Indian Medical Review
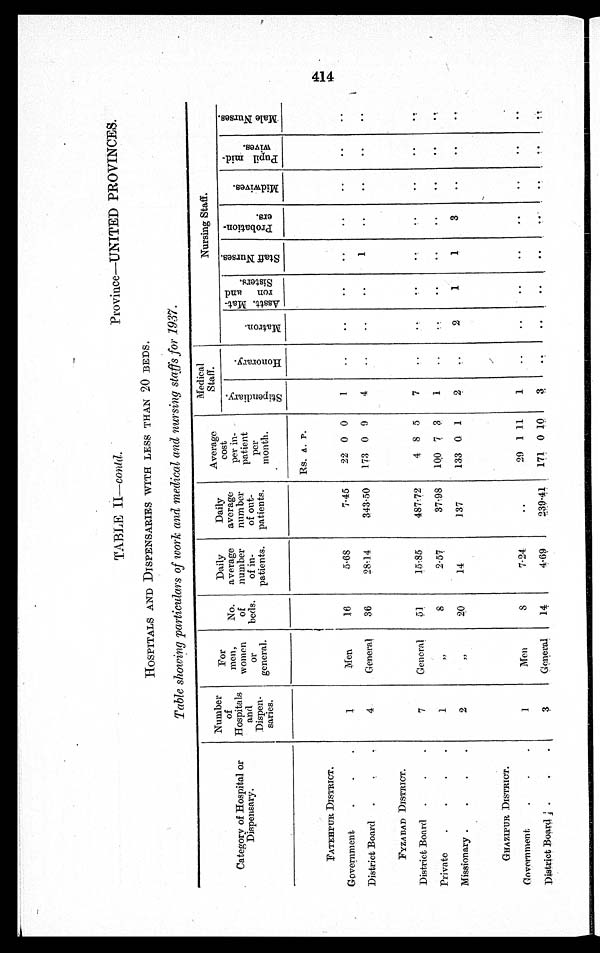
TABLE II—contd.
Province—UNITED PROVINCES.
HOSPITALS AND DISPENSARIES WITH LESS THAN 20 BEDS.
Table showing particulars of work awl medical and nursing staffs for 1937.
Category of Hospital or
Dispensary.
Numbe
of
Hospitals
and
Dispen-
saries.
For
men,
women
or
general.
No.
of
beds.
Daily
average
number
of in-
patients.
Daily
average
number
of out-
patients.
Average
cost
per in
patient
per
month.
Medical
Staff.
Nursing Staff.
S t i p e n d i a r y .
H o n o r a r y .
M a t r o n .
A s s t t . M a t r o n a n d S i s t e r s .
S t a f f N u r s e s .
P r o b a t i o n e r s .
M i d w i v e s
P u p i l m i d w i v e s
M a l e N u r s e s .
Rs. A. r.
FATEHPUR DISTRICT.
Government
.
.
.
1
Men
16
5.68
7.45
22 0 0
1
District Board .
4.
General
36
28.14
343.50
173 0 9
4
.
1
FYZABAD DISTRICT.
District Board .
.
.
7
General
51
15:85
487.72
4 8 5
7
Private
.
.
.
.
1
"
8
2.57
37.98
10,0 7 3
1
•
Missionary .
.
.
.
2
"
2 0
14
137
133 0 1
2
2
1
1
3
GHA Z I P UR DI S T RI CT .
Government . . .
1
Men
S
7.24:
..
29 1 11
1
District Board.
.
.
3
General
14
4-69
239-41
171 0 10
3
414